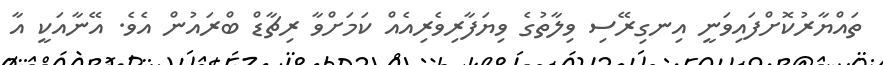
ތައްޔާރުކޮށްފައިވަނީ އިނގިރޭސި ވިލާތުގެ ވިޔަފާރިވެރިއެއް ކަމަށްވާ ރިޗާޑް ބްރައުން އެވެ. އޭނާއަކީ އާ